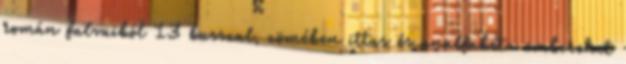
román falvaiból 13 busszal, zömében ittas és analfabéta embereket